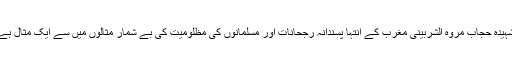
شہیدۂ حجاب مروہ الشربینی مغرب کے انتہا پسندانہ رجحانات اور مسلمانوں کی مظلومیت کی بے شمار مثالوں میں سے ایک مثال ہے۔